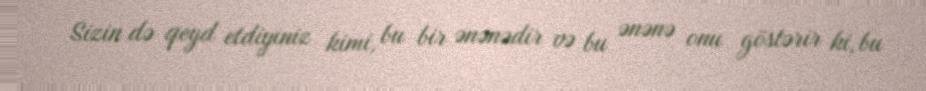
Sizin də qeyd etdiyiniz kimi, bu bir ənənədir və bu ənənə onu göstərir ki, bu